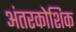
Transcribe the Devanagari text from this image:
अंतरकोशिक